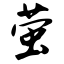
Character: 萤